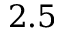
2 . 5